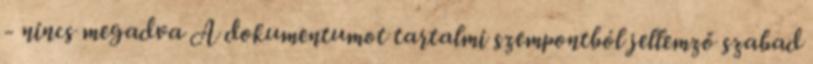
- nincs megadva A dokumentumot tartalmi szempontból jellemző szabad